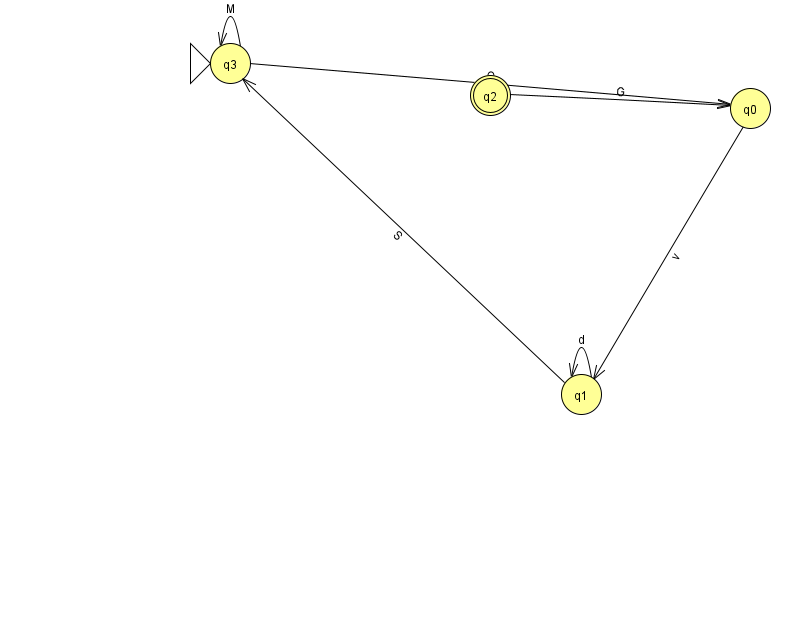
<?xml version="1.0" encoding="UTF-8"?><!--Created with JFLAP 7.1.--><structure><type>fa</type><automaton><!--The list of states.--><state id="0" name="q0"><x>750.0</x><y>95.0</y></state><state id="1" name="q1"><x>581.0</x><y>381.0</y></state><state id="2" name="q2"><x>490.0</x><y>82.0</y><final/></state><state id="3" name="q3"><x>230.0</x><y>50.0</y><initial/></state><!--The list of transitions.--><transition><from>2</from><to>0</to><read>G</read></transition><transition><from>1</from><to>1</to><read>d</read></transition><transition><from>0</from><to>1</to><read>v</read></transition><transition><from>1</from><to>3</to><read>S</read></transition><transition><from>3</from><to>0</to><read>O</read></transition><transition><from>3</from><to>3</to><read>M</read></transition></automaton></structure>